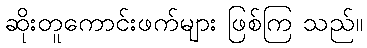
ဆိုးတူကောင်းဖက်များ ဖြစ်ကြ သည်။